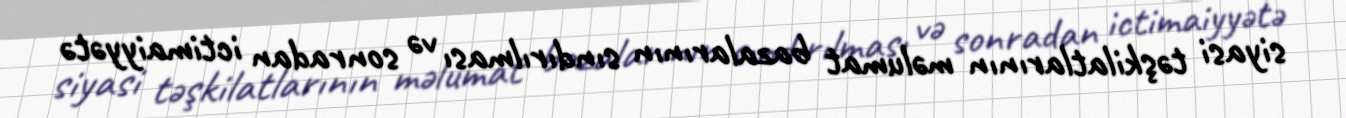
siyasi təşkilatlarının məlumat bazalarının sındırılması və sonradan ictimaiyyətə